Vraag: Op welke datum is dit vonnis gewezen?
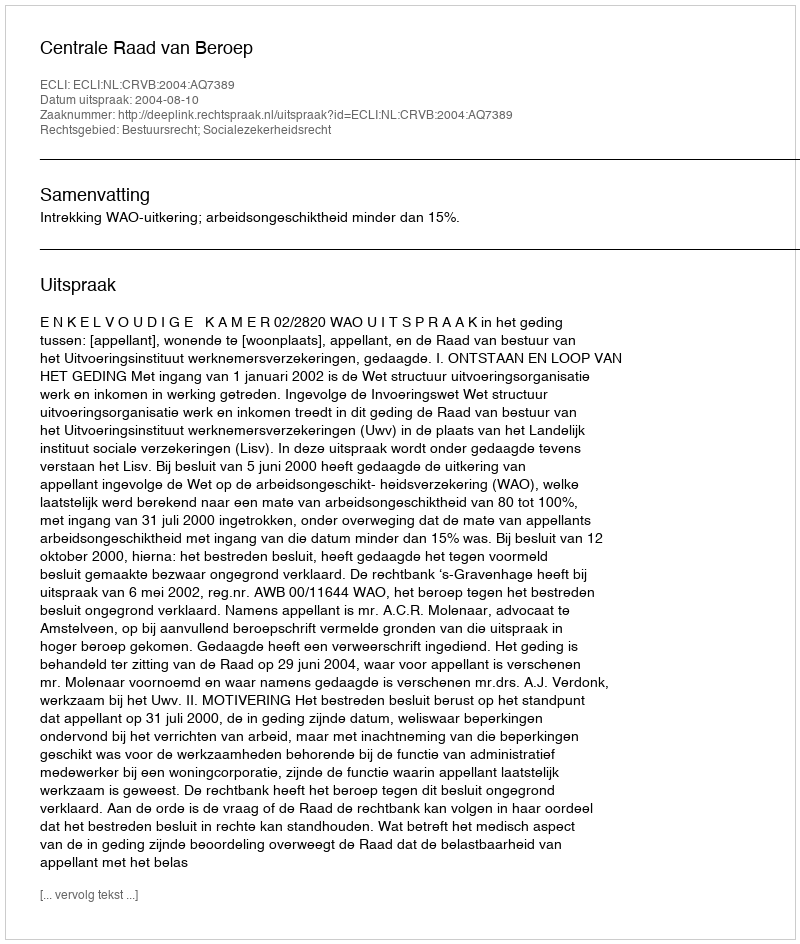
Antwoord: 2004-08-10